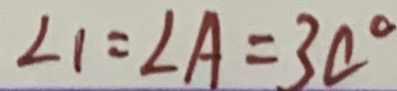
\angle 1 = \angle A = 3 0 ^ { \circ }